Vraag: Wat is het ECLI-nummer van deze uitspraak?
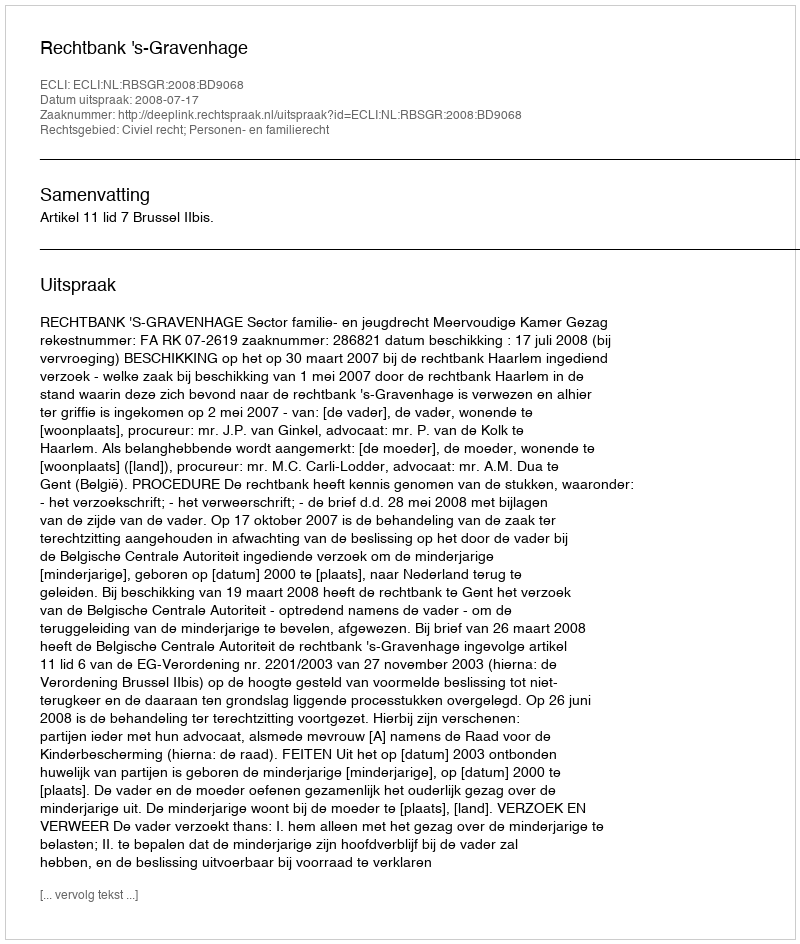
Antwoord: ECLI:NL:RBSGR:2008:BD9068